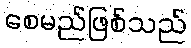
စေမည်ဖြစ်သည်